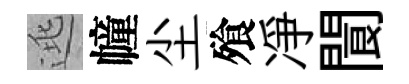
逃幢尘飱凈閬